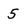
Character: 5